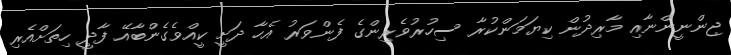
ޖިންނީންނާއި މާރިދުން ކިޔަމަންކުރާ ސިހުރުވެރިންގެ ފެންވަރު އެހާ ދަށީ ކީއްވެގެންބާއޭ ފާދީ ހިތަށްއެރި